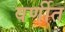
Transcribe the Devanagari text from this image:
वर्णीत